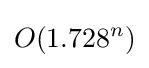
O(1.728^{n})